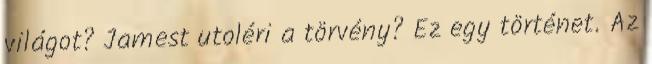
világot? Jamest utoléri a törvény? Ez egy történet. Az